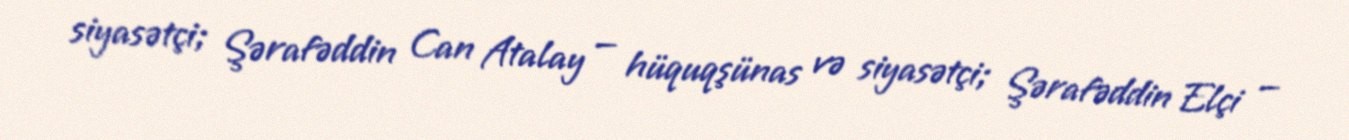
siyasətçi; Şərafəddin Can Atalay — hüquqşünas və siyasətçi; Şərafəddin Elçi —